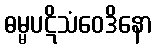
ဓမ္မပဋိသံဝေဒိနော